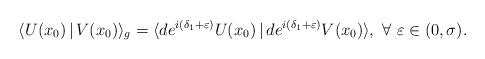
LaTeX: \begin{align*}\langle U(x_0)\,|\,V(x_0)\rangle_g=\langle de^{i(\delta_1+\varepsilon)}U(x_0)\,|\, de^{i(\delta_1+\varepsilon)}V(x_0)\rangle, ~\forall~\varepsilon\in (0, \sigma).\end{align*}